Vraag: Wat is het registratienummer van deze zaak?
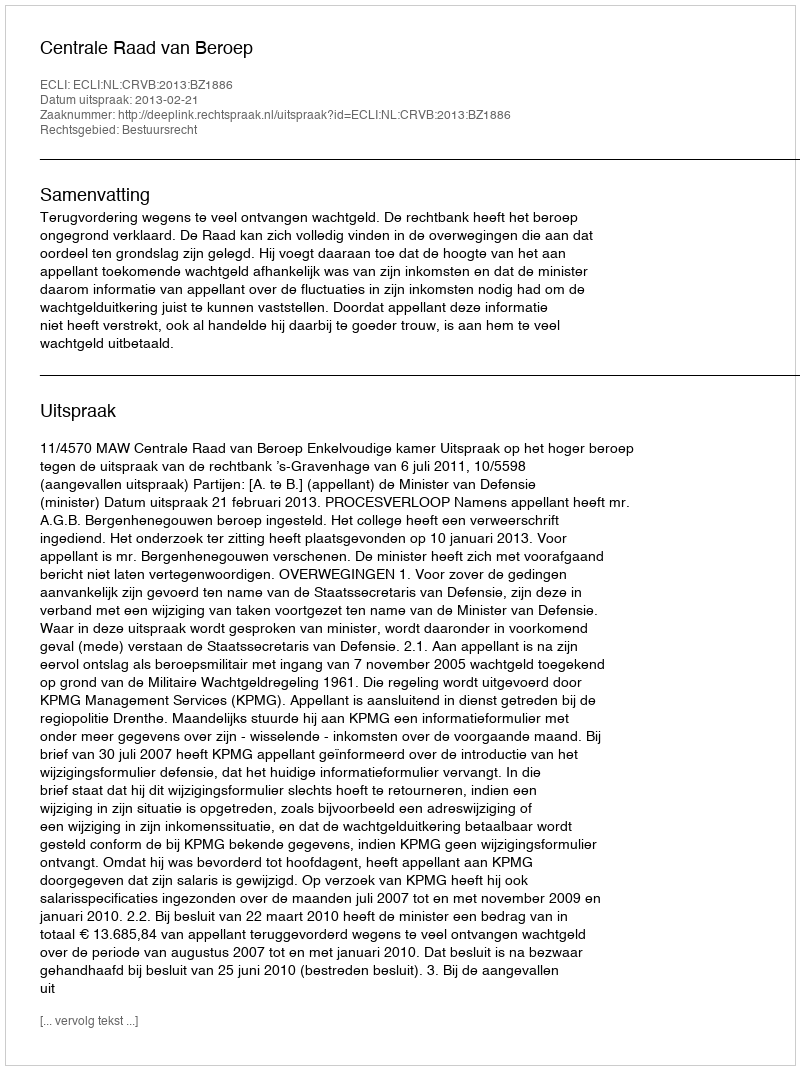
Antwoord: http://deeplink.rechtspraak.nl/uitspraak?id=ECLI:NL:CRVB:2013:BZ1886